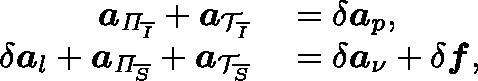
\begin{array} { r l } { \boldsymbol { a } _ { \mathit { \Pi } _ { \overline { { I } } } } + \boldsymbol { a } _ { \mathcal { T } _ { \overline { { I } } } } } & { { } = \delta \boldsymbol { a } _ { p } , } \\ { \delta \boldsymbol { a } _ { l } + \boldsymbol { a } _ { \mathit { \Pi } _ { \overline { { S } } } } + \boldsymbol { a } _ { \mathcal { T } _ { \overline { { S } } } } } & { { } = \delta \boldsymbol { a } _ { \nu } + \delta \boldsymbol { f } , } \end{array}